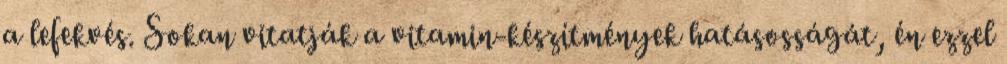
a lefekvés. Sokan vitatják a vitamin-készítmények hatásosságát, én ezzel